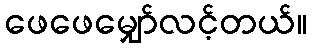
ဖေဖေမျှော်လင့်တယ်။